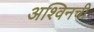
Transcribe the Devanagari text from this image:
अश्विनची